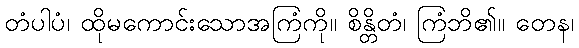
တံပါပံ၊ ထိုမကောင်းသောအကြံကို။ စိန္တိတံ၊ ကြံဘိ၏။ တေန၊